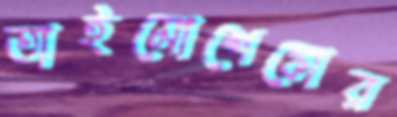
তাইমোশেঙ্কোর